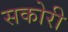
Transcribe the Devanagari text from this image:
सकोरी